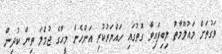
ވަގުތަށް މައުލޫމާތު ލިބިފައިވާ ގޮތުގައި ހައްޔަރުކުރި އަންހެން މީހާގެ ޖުމްލަ ތިން ކުދިން